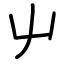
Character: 屮